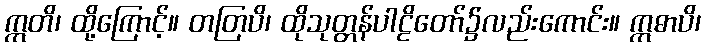
ဣတိ၊ ထို့ကြောင့်။ တတြပိ၊ ထိုသုတ္တန်ပါဠိတော်၌လည်းကောင်း။ ဣဓာပိ၊